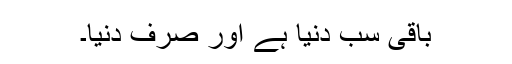
باقی سب دنیا ہے اور صرف دنیا۔